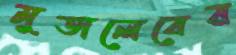
মুতালেবের